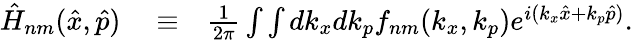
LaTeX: \begin{array}{rlr}{\hat{H}_{nm}(\hat{x},\hat{p})}&{{}\equiv}&{\frac{1}{2\pi}\int\int dk_{x}dk_{p}f_{nm}(k_{x},k_{p})e^{i(k_{x}\hat{x}+k_{p}\hat{p})}.}\end{array}